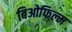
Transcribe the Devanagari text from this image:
बिओफिल्म